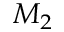
M _ { 2 }